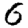
Digit: 6